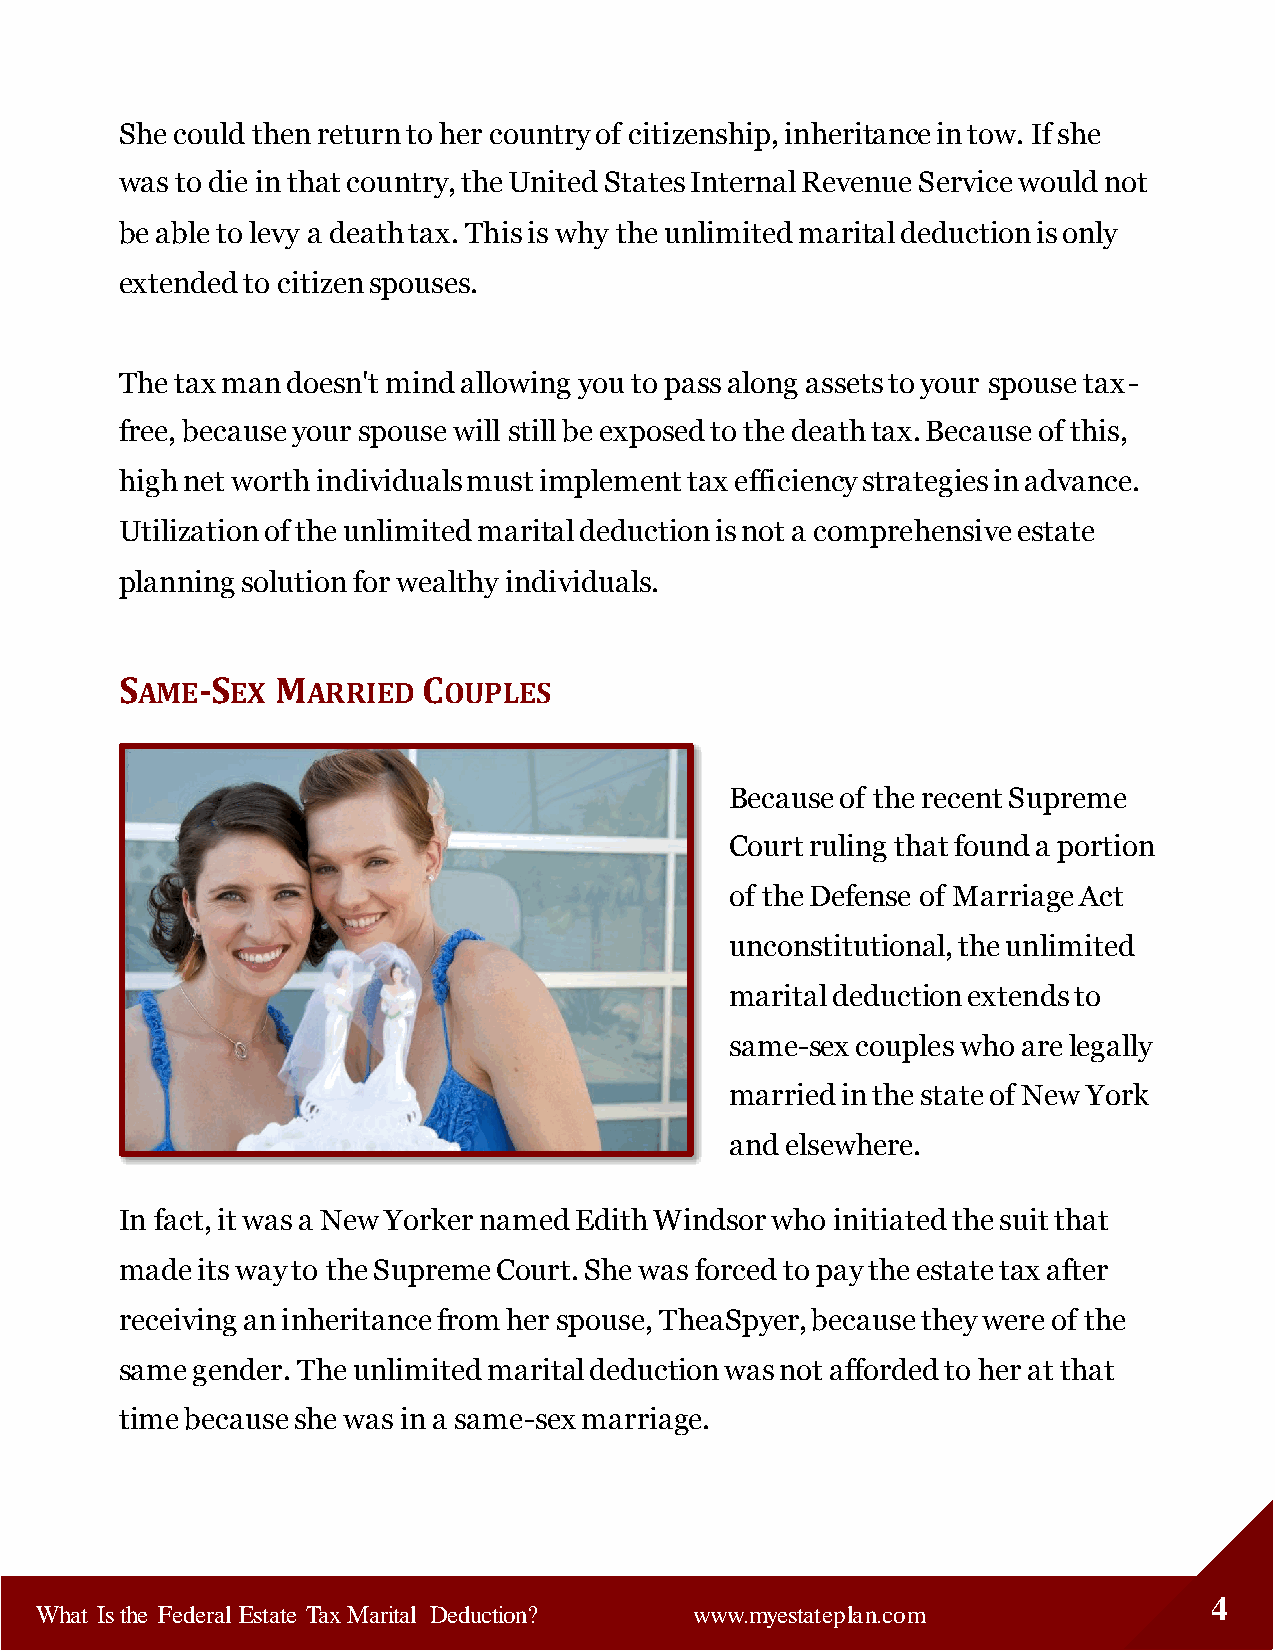
She could then return to her country of citizenship, inheritance in tow. If she
 was to die in that country, the United States Internal Revenue Service would not
 be able to levy a death tax. This is why the unlimited marital deduction is only
 extended to citizen spouses.
 The tax man doesn't mind allowing you to pass along assets to your spouse tax-
 free, because your spouse will still be exposed to the death tax. Because of this,
 high net worth individuals must implement tax efficiency strategies in advance.
 Utilization of the unlimited marital deduction is not a comprehensive estate
 planning solution for wealthy individuals.
 SAME-SEX  MARRIED   COUPLES
 Because of the recent Supreme
 Court ruling that found a portion
 of the Defense of Marriage Act
 unconstitutional, the unlimited
 marital deduction extends to
 same-sex couples who are legally
 married in the state of New York
 and elsewhere.
 In fact, it was a New Yorker named Edith Windsor who initiated the suit that
 made its way to the Supreme Court. She was forced to pay the estate tax after
 receiving an inheritance from her spouse, TheaSpyer, because they were of the
 same gender. The unlimited marital deduction was not afforded to her at that
 time because she was in a same-sex marriage.
 4
 What Is the Federal Estate Tax Marital Deduction? www.myestateplan.com